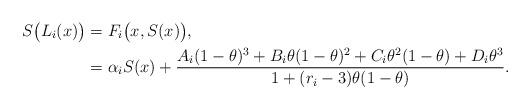
LaTeX: \begin{align*} S\big(L_i(x)\big) &= F_i\big(x, S(x)\big),\\ &= \alpha_i S(x) + \frac{A_i(1-\theta)^3 + B_i\theta (1- \theta)^2 + C_i \theta^2 (1-\theta) + D_i\theta^3}{1 + (r_i -3) \theta (1-\theta)}.\end{align*}